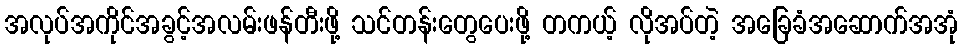
အလုပ်အကိုင်အခွင့်အလမ်းဖန်တီးဖို့ သင်တန်းတွေပေးဖို့ တကယ့် လိုအပ်တဲ့ အခြေခံအဆောက်အအုံ